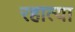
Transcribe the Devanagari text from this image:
रहात्या